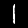
Label: 1